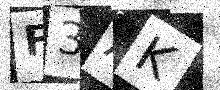
Text: F3AK